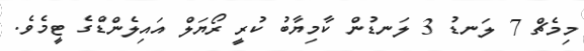
މިމެޗް 7 ލަނޑު 3 ލަނޑުން ކާމިޔާބު ކުރީ ރޯޔަލް އައިލެންޑްގެ ޓީމެވެ.